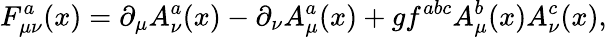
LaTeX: F_{\mu\nu}^{a}(x)=\partial_{\mu}A_{\nu}^{a}(x)-\partial_{\nu}A_{\mu}^{a}(x)+gf^{abc}A_{\mu}^{b}(x)A_{\nu}^{c}(x),